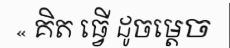
« គិត ធ្វើ ដូចម្តេច